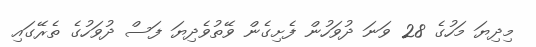
މިދިޔަ މަހުގެ 28 ވަނަ ދުވަހުން ފެށިގެން ވޭތުވެދިޔަ ފަސް ދުވަހުގެ ތެރޭގައި